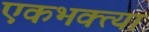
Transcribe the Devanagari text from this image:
एकभक्त्या